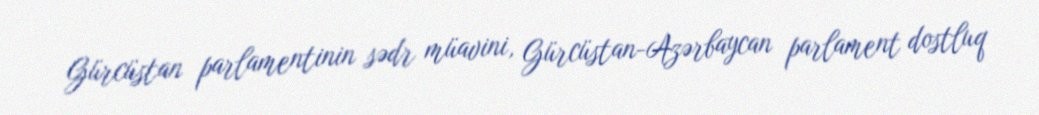
Gürcüstan parlamentinin sədr müavini, Gürcüstan-Azərbaycan parlament dostluq